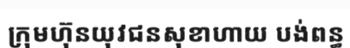
ក្រុមហ៊ុនយុវជនសុខាហាយ បង់ពន្ធ